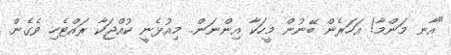
"އާނ މަންމާ! އަހަރެން ބޭނުން މީހަކާ އިންނަން.. މިއުޅެނީ ކުއްޖަކާ ރައްޓެހި ވެގެން.